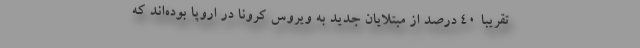
تقریبا ۴۰ درصد از مبتلایان جدید به ویروس کرونا در اروپا بوده‌اند که